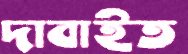
দাবাইত